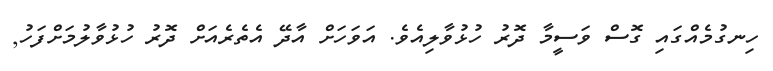
ހިނގުމެއްގައި ގޮސް ވަސީމާ ދޮރު ހުޅުވާލިިއެވެ. އަވަހަށް އާދޭ އެތެރެއަށް ދޮރު ހުޅުވާލުުމަށްފަހު